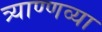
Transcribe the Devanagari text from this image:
त्र्याण्णव्या